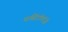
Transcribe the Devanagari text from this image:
पार्सिटॉलॉजी